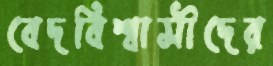
বেদবিশ্বাসীদের